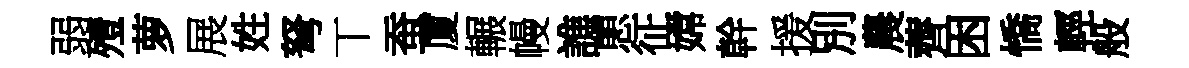
弱殪萝展姓弩丅蚕厦輾幔譙愳征嫦幹援別農薺困憍輕般